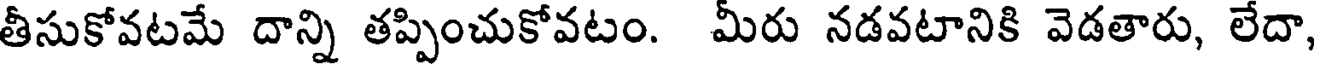
తీసుకోవటమే దాన్ని తప్పించుకోవటం. మీరు నడవటానికి వెడతారు, లేదా